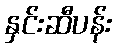
နှင်းဆီပန်း